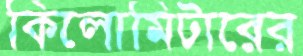
কিলোমিটারের